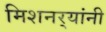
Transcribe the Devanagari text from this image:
मिशनर्‍यांनी